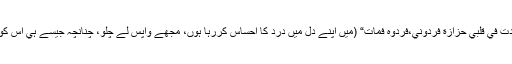
”ابن ابي العوجاء“ نے اپنے ساتھي كي طرف رخ كيا اور كہا: ”وجدت في قلبي حزازة فردوني،فردوہ فمات“ (ميں اپنے دل ميں درد كا احساس كررہا ہوں، مجھے واپس لے چلو، چنانچہ جيسے ہي اس كو لے كر چلے تو تھوڑي ہي دير بعدوہ اس دنيا سے رخصت ہوگيا۔